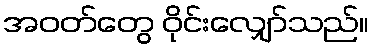
အဝတ်တွေ ဝိုင်းလျှော်သည်။